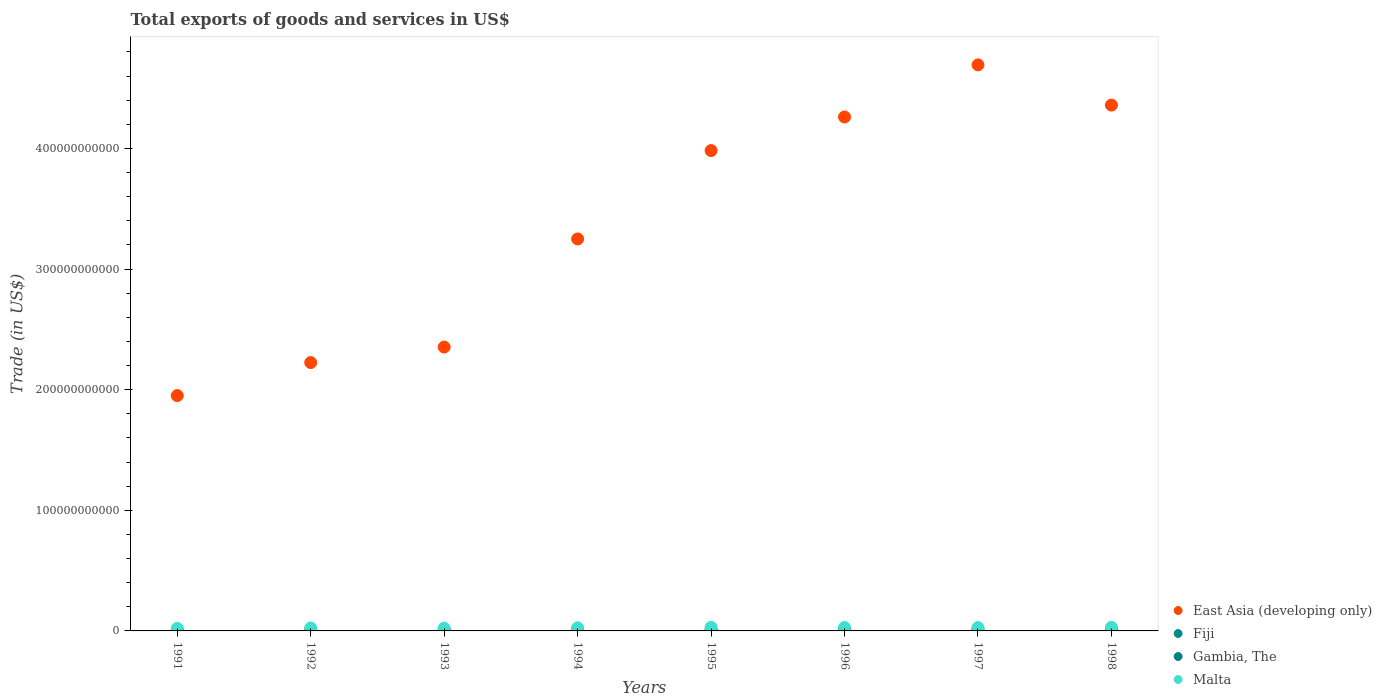
| Years | East Asia (developing only) | Fiji | Gambia, The | Malta |
 | --- | --- | --- | --- | --- |
 | 1991 | 1.95e+11 | 7.93e+08 | 2.03e+08 | 2.13e+09 |
 | 1992 | 2.22e+11 | 7.95e+08 | 2.19e+08 | 2.47e+09 |
 | 1993 | 2.35e+11 | 8.57e+08 | 2.13e+08 | 2.3e+09 |
 | 1994 | 3.25e+11 | 1.03e+09 | 1.59e+08 | 2.58e+09 |
 | 1995 | 3.98e+11 | 1.17e+09 | 1.87e+08 | 2.99e+09 |
 | 1996 | 4.26e+11 | 1.34e+09 | 1.85e+08 | 2.84e+09 |
 | 1997 | 4.69e+11 | 1.28e+09 | 1.84e+08 | 2.77e+09 |
 | 1998 | 4.36e+11 | 1.01e+09 | 2.13e+08 | 3e+09 |